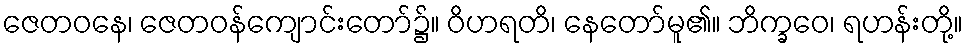
ဇေတဝနေ၊ ဇေတဝန်ကျောင်းတော်၌။ ဝိဟရတိ၊ နေတော်မူ၏။ ဘိက္ခဝေ၊ ရဟန်းတို့။